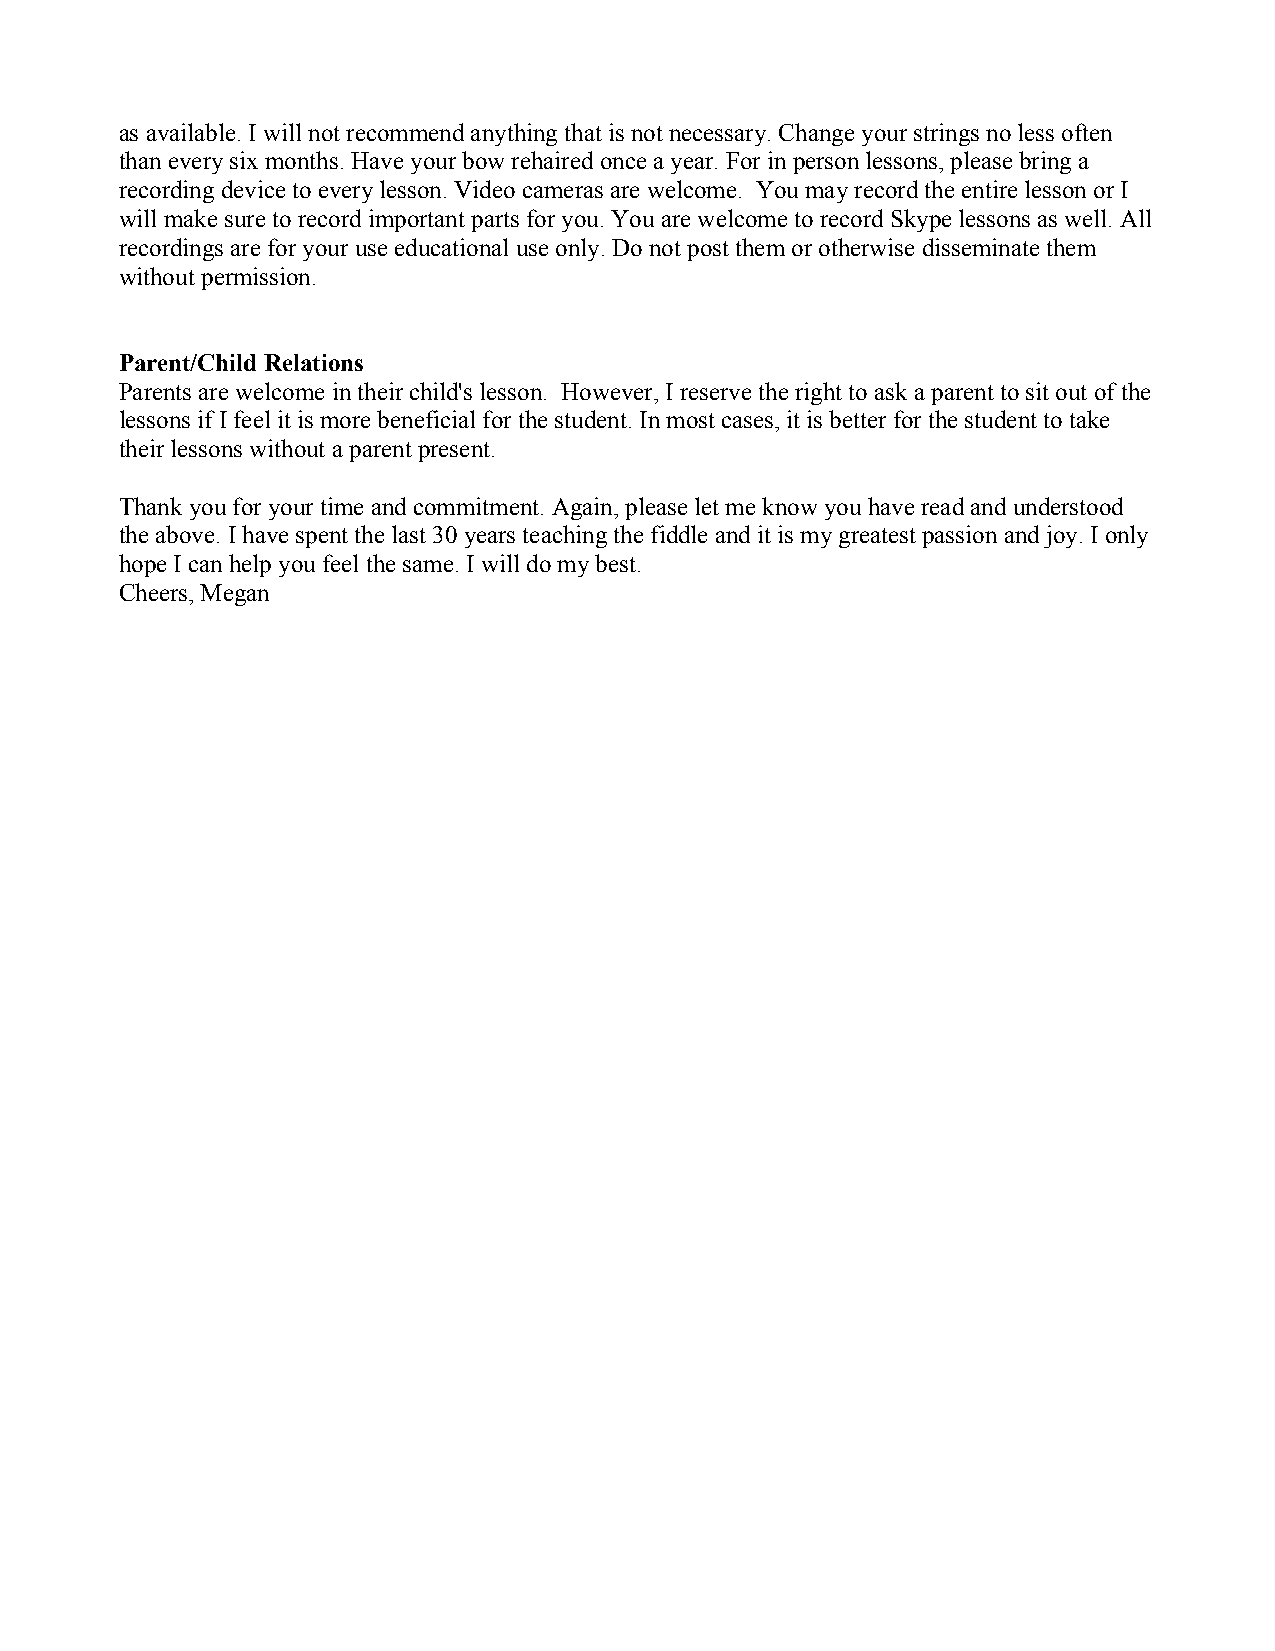
as available. I will not recommend anything that is not necessary. Change your strings no less often
 than every six months. Have your bow rehaired once a year. For in person lessons, please bring a
 recording device to every lesson. Video cameras are welcome. You may record the entire lesson or I
 will make sure to record important parts for you. You are welcome to record Skype lessons as well. All
 recordings are for your use educational use only. Do not post them or otherwise disseminate them
 without permission.
 Parent/Child Relations
 Parents are welcome in their child's lesson. However, I reserve the right to ask a parent to sit out of the
 lessons if I feel it is more beneficial for the student. In most cases, it is better for the student to take
 their lessons without a parent present.
 Thank you for your time and commitment. Again, please let me know you have read and understood
 the above. I have spent the last 30 years teaching the fiddle and it is my greatest passion and joy. I only
 hope I can help you feel the same. I will do my best.
 Cheers, Megan